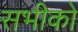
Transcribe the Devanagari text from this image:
सभीको